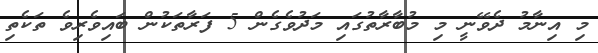
މި އިނާމު ދެވޭނީ މި މުބާރާތުގައި މަދުވެގެން 5 ފަރާތަކުން ބައިވެރިވެ ތަކެތި